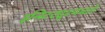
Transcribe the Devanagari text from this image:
इन्स्टिट्यूटमधले